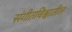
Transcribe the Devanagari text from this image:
संगीतविश्वातील